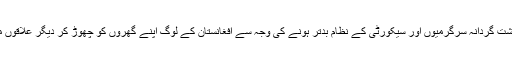
مسٹر بڈین نے کہا کہ دہشت گردانہ سرگرمیوں اور سیکورٹی کے نظام بدتر ہونے کی وجہ سے افغانستان کے لوگ اپنے گھروں کو چھوڑ کر دیگر علاقوں میں رہنے پر مجبور ہیں۔